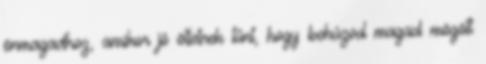
önmagadhoz, amikor jó ötletnek tűnt, hogy behúzod magad mögött